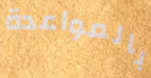
بالمواعدة